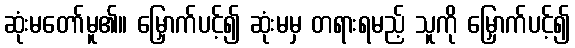
ဆုံးမတော်မူ၏။ မြှောက်ပင့်၍ ဆုံးမမှ တရားရမည့် သူကို မြှောက်ပင့်၍